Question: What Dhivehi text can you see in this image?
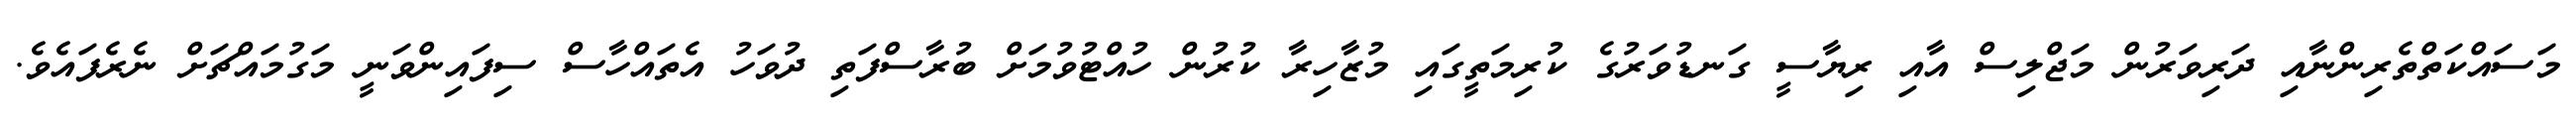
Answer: މަސައްކަތްތެރިންނާއި ދަރިވަރުން މަޖްލިސް އާއި ރިޔާސީ ގަނޑުވަރުގެ ކުރިމަތީގައި މުޒާހިރާ ކުރުން ހުއްޓުވުމަށް ބުރާސްފަތި ދުވަހު އެތައްހާސް ސިފައިންވަނީ މަގުމައްޗަށް ނެރެފައެވެ.